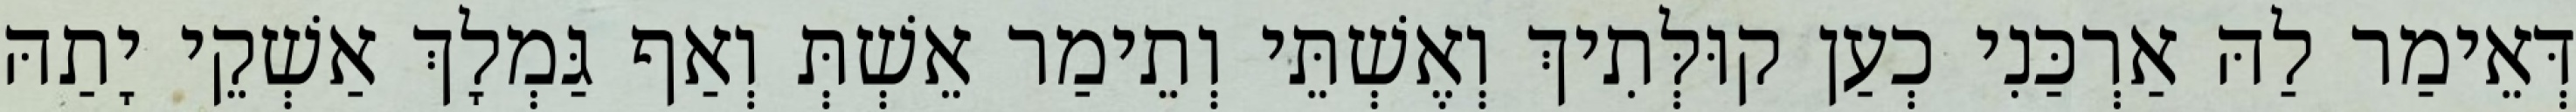
דְּאֵימַר לַהּ אַרְכַּנִי כְעַן קוּלְּתִיךְ וְאֶשְׁתֵּי וְתֵימַר אֵשְׁתְּ וְאַף גַּמְלָךְ אַשְׁקֵי יָתַהּ